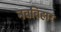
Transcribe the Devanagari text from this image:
नवविहार